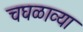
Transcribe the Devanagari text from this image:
चघळाव्या